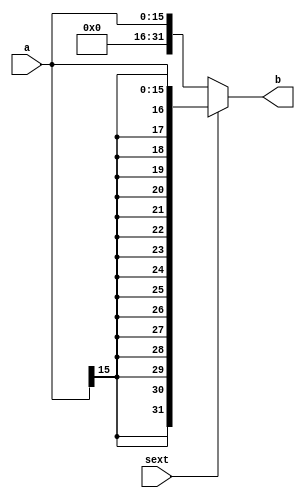
module extend #(parameter WIDTH = 16)(
    input [WIDTH-1:0] a,
    input sext, //sext  0 
    output [31:0] b
    );
    assign b=sext? {{(32-WIDTH){a[WIDTH-1]}},a} : {{(32-
    WIDTH){1'b0}},a};
endmodule